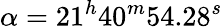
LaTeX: \alpha=21^{h}40^{m}54.28^{s}